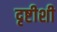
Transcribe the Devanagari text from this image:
दृष्टीशी